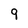
Character: 9